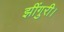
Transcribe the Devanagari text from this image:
झींगुरी।